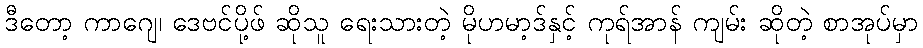
ဒီတော့ ကာဂျေ၊ ဒေဗင်ပို့ဖ် ဆိုသူ ရေးသားတဲ့ မိုဟမာ့ဒ်နှင့် ကုရ်အာန် ကျမ်း ဆိုတဲ့ စာအုပ်မှာ